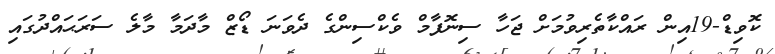
ކޮވިޑް-19އިން ރައްކާތެރިވުމަށް ޖަހާ ސިނޮފާމް ވެކްސިންގެ ދެވަނަ ޑޯޒް މާދަމާ މާލެ ސަރަޙައްދުގައި